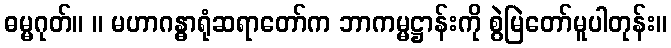
ဓမ္မဂုတ်။ ။ မဟာဂန္ဓာရုံဆရာတော်က ဘာကမ္မဋ္ဌာန်းကို စွဲမြဲတော်မူပါတုန်း။